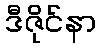
ဒီဇိုင်နာ